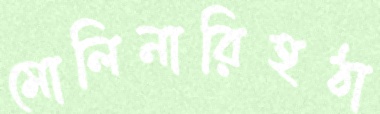
মোলিনারিহঠা